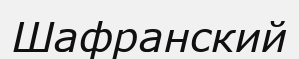
Шафранский